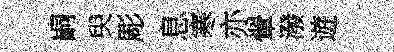
嗣臾彫息寒亦翬潑遊